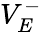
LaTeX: V_{E}^{-}